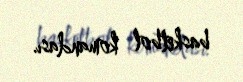
basketbol komandası.